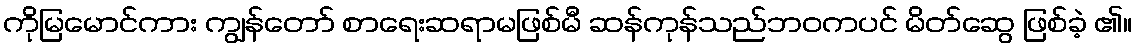
ကိုမြမောင်ကား ကျွန်တော် စာရေးဆရာမဖြစ်မီ ဆန်ကုန်သည်ဘဝကပင် မိတ်ဆွေ ဖြစ်ခဲ့ ၏။